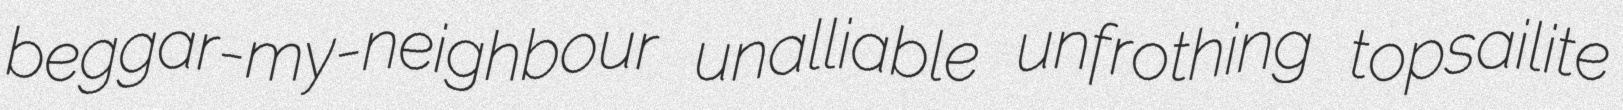
beggar-my-neighbour unalliable unfrothing topsailite